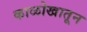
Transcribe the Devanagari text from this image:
काळोखातून